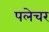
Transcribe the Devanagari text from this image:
पलेचर